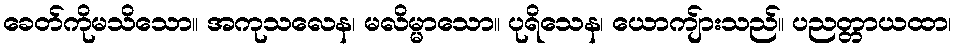
ခေတ်ကိုမသိသော။ အကုသလေန၊ မလိမ္မာသော။ ပုရိသေန၊ ယောကျ်ားသည်။ ပညတ္တာယထာ၊